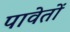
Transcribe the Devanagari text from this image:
पावेतों